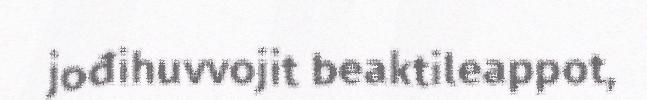
jođihuvvojit beaktileappot,